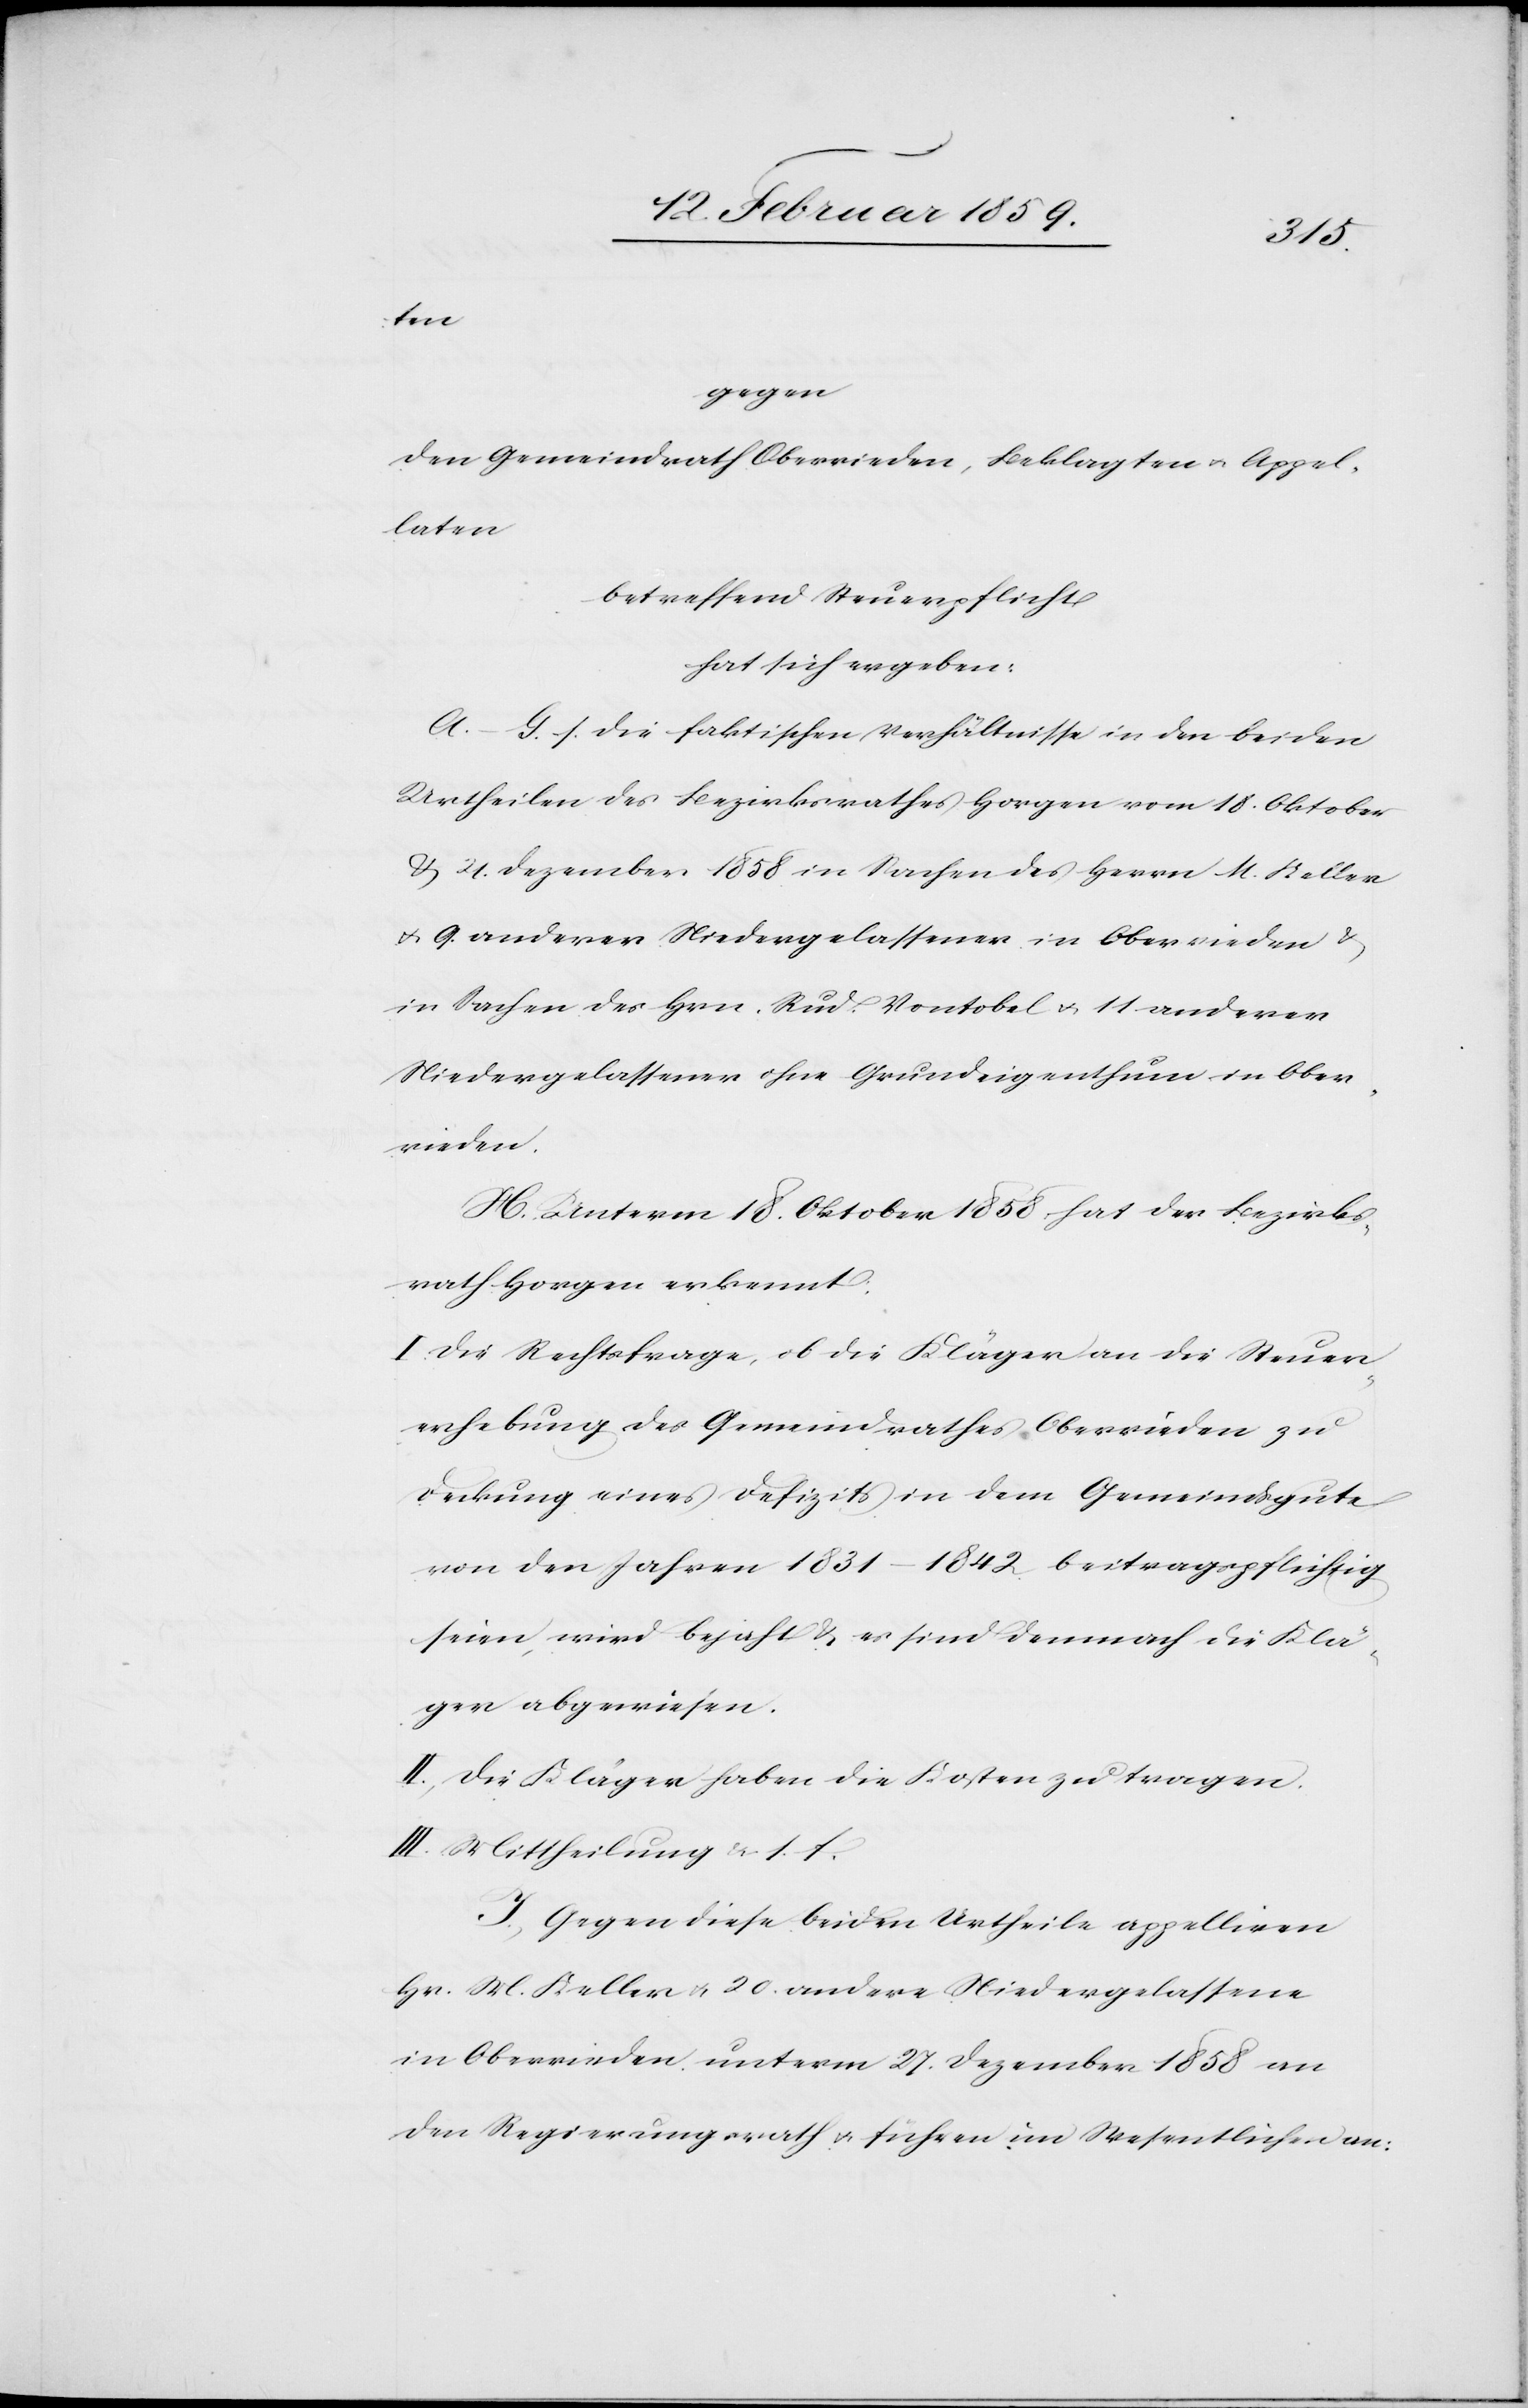
ten
gegen
den Gemeindrath Oberrieden, Beklagten u. Appel¬
laten
betreffend Steuerpflicht
hat sich ergeben:
A.–G. s. die faktischen Verhältnisse in den beiden
Urtheilen des Bezirksrathes Horgen vom 18. Oktober
& 21. Dezember 1858 in Sachen des Herrn M. Keller
u. 9. anderen Niedergelassenen in Oberrieden
in Sachen des Hrn. Rud. Vontobel u. 11 anderer
Niedergelassener ohne Grundeigenthum in Ober¬
rieden.
H. Unterm 18. Oktober 1858 hat der Bezirks¬
rath Horgen erkannt:
I. Die Rechtsfrage, ob die Kläger an die Steuer¬
erhebung des Gemeindrathes Oberrieden zu
Deckung eines Defizits in dem Gemeindsgute
von den Jahren 1831–1842 beitragspflichtig
seien, wird bejaht & es sind demnach die Klä¬
ger abgewiesen.
II. Die Kläger haben die Kosten zu tragen.
III. Mittheilung u .s. f.
J. Gegen diese beiden Urtheile appelliren
Hr. M.Keller u. 20. andere Niedergelassene
in Oberrieden unterm 27. Dezember 1858 an
den Regierungsrath u. führen im Wesentlichen an: